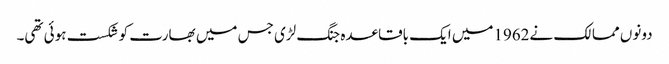
دونوں ممالک نے1962میں ایک باقاعدہ جنگ لڑی جس میں بھارت کو شکست ہوئی تھی۔